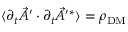
\langle \partial _ { t } \vec { A } ^ { \prime } \cdot \partial _ { t } \vec { A } ^ { \prime * } \rangle = \rho _ { \mathrm { D M } }